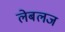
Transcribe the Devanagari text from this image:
लेबलज